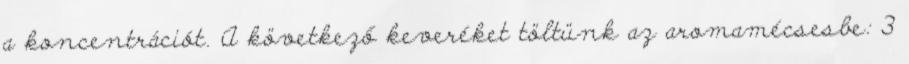
a koncentrációt. A következő keveréket töltünk az aromamécsesbe: 3